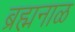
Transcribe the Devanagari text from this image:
ब्रह्मनाळ